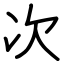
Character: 次